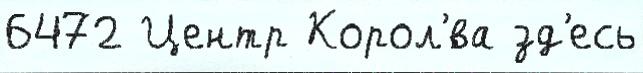
6472 Центр Корол'́ва зд'есь